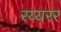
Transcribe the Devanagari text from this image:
रय्यरर